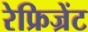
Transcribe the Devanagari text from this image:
रेफ्रिज्रेंट